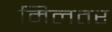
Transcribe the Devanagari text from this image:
मिलतर